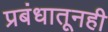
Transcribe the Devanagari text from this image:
प्रबंधातूनही